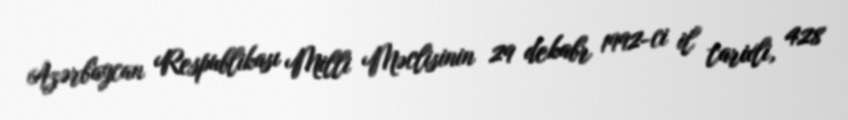
Azərbaycan Respublikası Milli Məclisinin 29 dekabr 1992-ci il tarixli, 428